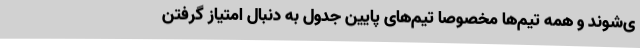
ی‌شوند و همه تیم‌ها مخصوصا تیم‌های پایین جدول به دنبال امتیاز گرفتن